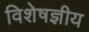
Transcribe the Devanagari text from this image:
विशेषज्ञीय